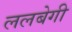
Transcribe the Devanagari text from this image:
ललबेगी